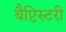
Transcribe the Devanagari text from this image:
बैप्टिस्टरी